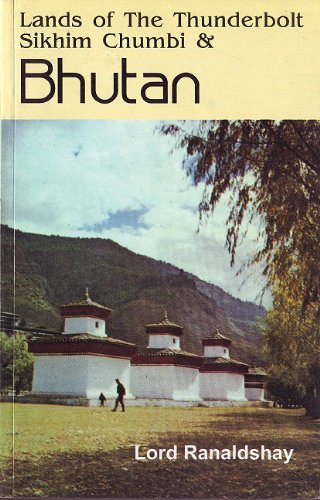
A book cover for Lands of The Thunderbolt: Sikhim Chumbi & Bhutan; Lord Ronaldshay; Travel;